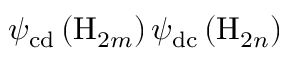
\psi _ { \mathrm { c d } } \left( \mathrm { H } _ { 2 m } \right) \psi _ { \mathrm { d c } } \left( \mathrm { H } _ { 2 n } \right)